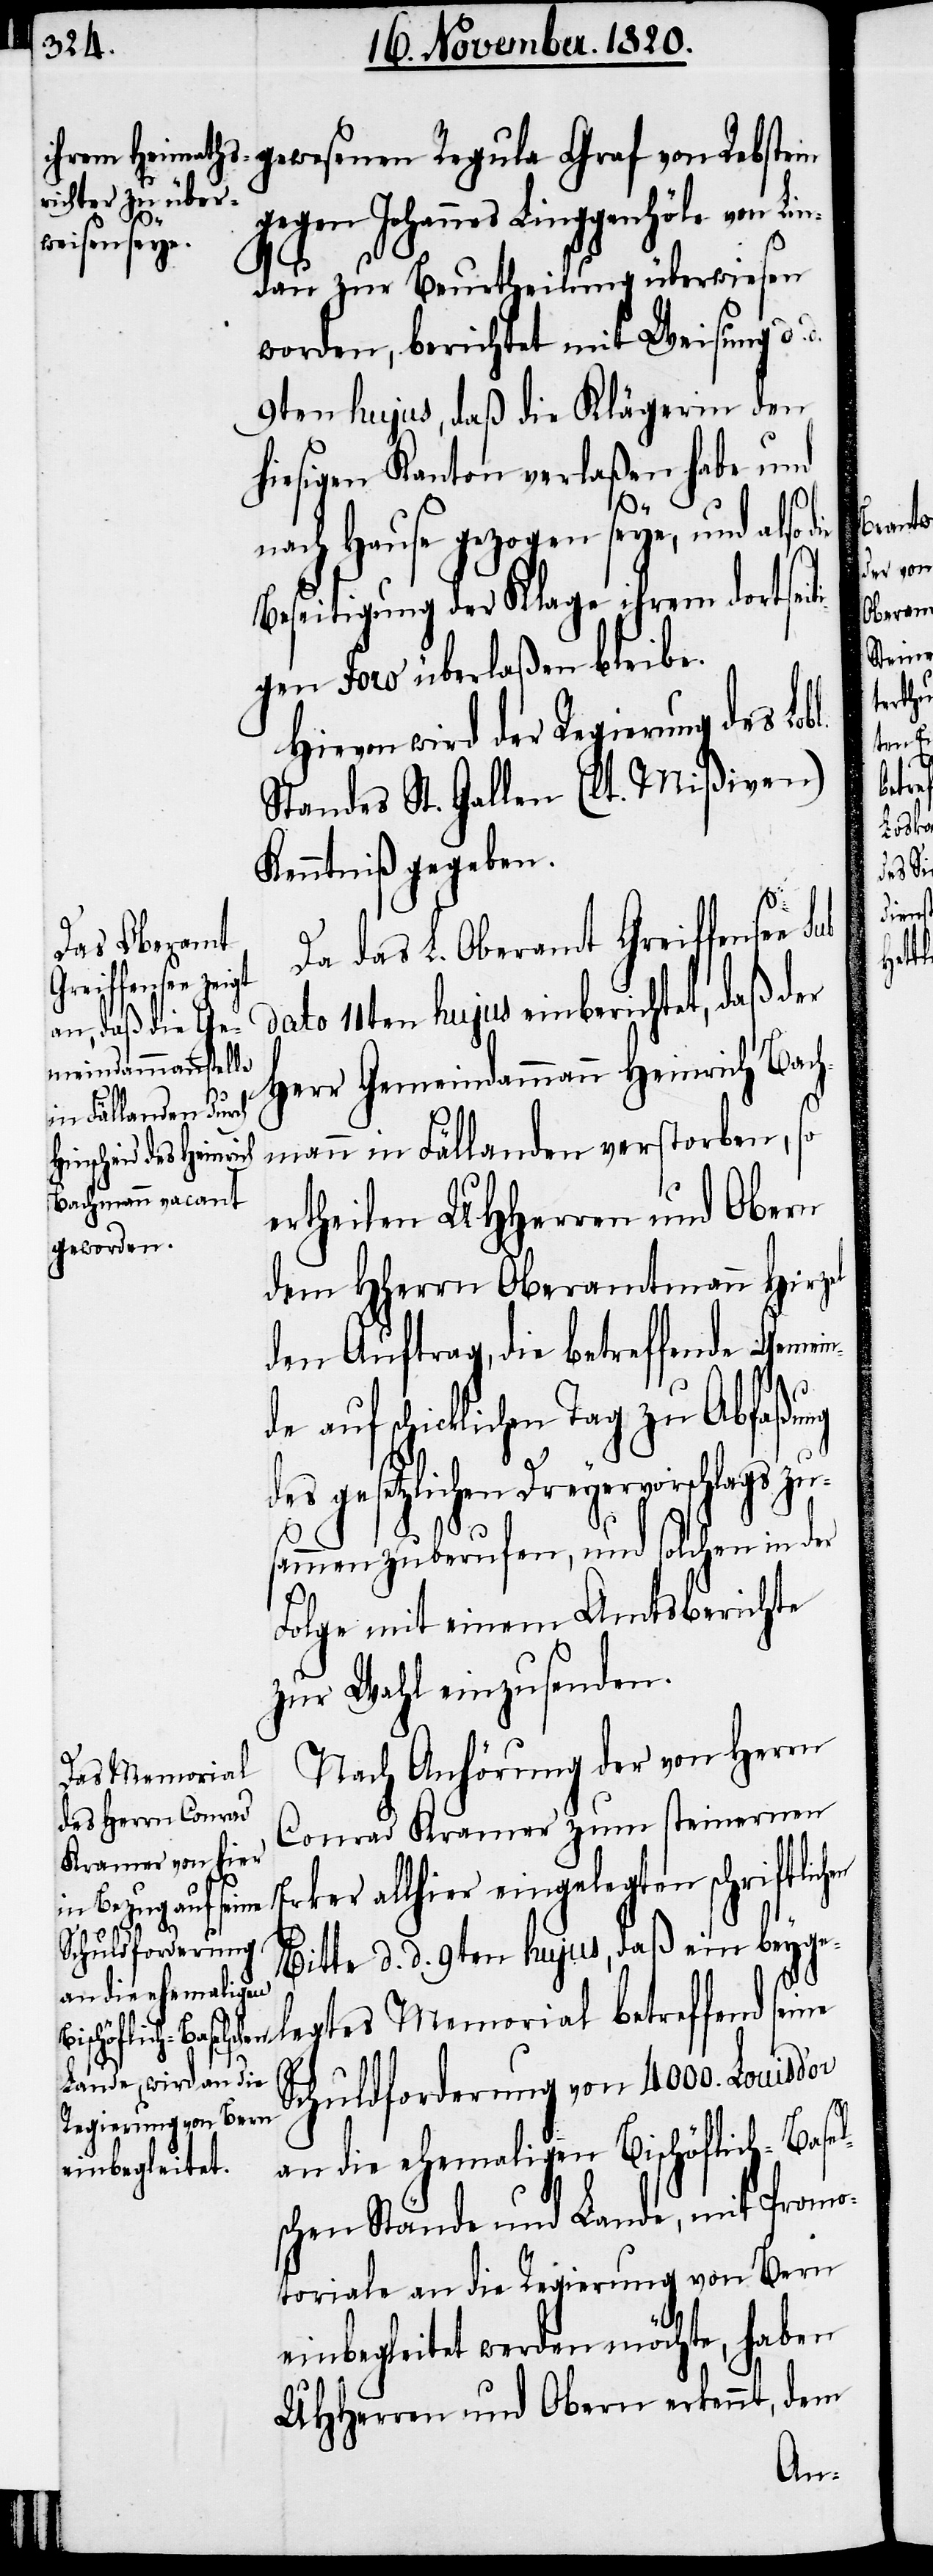
gewesenen Regula Graf von Rebstein
gegen Johannes Linggenhöle von Lin¬
dau zur Beurtheilung überwiesen
worden, berichtet mit Weisung d.
9ten hujus, daß die Klägerin den
hiesigen Kanton verlaßen habe und
nach Hause gezogen seye, und also
Beseitigung der Klage ihrem dortseit¬
igen Foro überlaßen bleibe.
Hievon wird der Regierung des Lo¬
Standes St. Gallen (lt. Mißiven)
Kenntniß gegeben.
Da das L. Oberamt Greiffensee sub
dato 11ten hujus einberichtet, daß der
Herr Gemeindammann Heinrich Bach¬
bl.
mann in Fällanden verstorben, so
ertheilen UHherren und Obern
dem Hherrn Oberamtmann Hirzel
den Auftrag, die betreffende Geme¬
de auf schicklichen Tag zu Abfaßung
des gesetzlichen Dreyervorschlags zu¬
sammen zuberufen, und solchen in der
Folge mit einem Amtsberichte
zur Wahl einzusenden.
Nach Anhörung der von Herrn
Conrad Kramer zum steinernen
d.
Bitte d. d. 9ten hujus, daß ein beyg¬
elegtes Memorial betreffend seine
Schuldforderung von 4000. Louis
an die ehemaligen Bischöflich-Base¬
lschen Stände und Lande, mit Promo¬
toriale an die Regierung von Bern
einbegleitet werden möchte, haben
UHHerren und Obern erkennt, dem

en